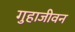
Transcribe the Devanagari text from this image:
गुहाजीवन